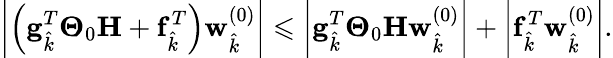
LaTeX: \biggl|\Bigl(\mathbf{g}_{\hat{k}}^{T}\boldsymbol{\Theta}_{0}\mathbf{H}+\mathbf{f}_{\hat{k}}^{T}\Bigr)\mathbf{w}_{\hat{k}}^{(0)}\biggr|\leqslant\biggl|\mathbf{g}_{\hat{k}}^{T}\boldsymbol{\Theta}_{0}\mathbf{H}\mathbf{w}_{\hat{k}}^{(0)}\biggr|+\biggl|\mathbf{f}_{\hat{k}}^{T}\mathbf{w}_{\hat{k}}^{(0)}\biggr|.